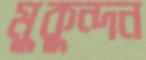
মুকুন্দন